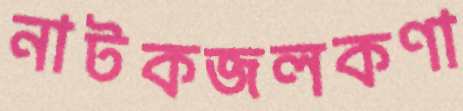
নাটকজলকণা